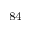
^ { 8 4 }